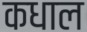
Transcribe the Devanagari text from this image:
कधाल